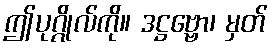
ဤပုဂ္ဂိုလ်ကို။ ဒဋ္ဌဗ္ဗော၊ မှတ်